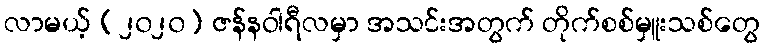
လာမယ့် (၂၀၂၀) ဇန်နဝါရီလမှာ အသင်းအတွက် တိုက်စစ်မှူးသစ်တွေ